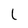
Character: l